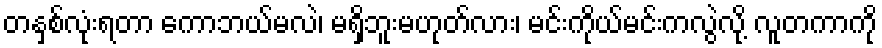
တနှစ်လုံးရတာ ကောဘယ်မလဲ၊ မရှိဘူးမဟုတ်လား၊ မင်းကိုယ်မင်းကလွဲလို့ လူတကာကို